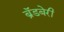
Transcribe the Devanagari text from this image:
ब्रॅडबेरी